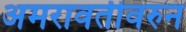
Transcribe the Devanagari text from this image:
अमरावतीवरुन